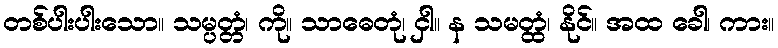
တစ်ပါးပါးသော။ သမ္ပတ္တံ၊ ကို။ သာဓေတုံ၊ ငှါ။ န သမတ္ထံ၊ နိုင်။ အထ ခေါ၊ ကား။